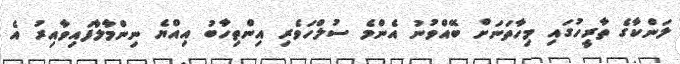
ލަންކާގެ ތާރީހުގައި މިހާތަނަށް ބޭއްވުނު އެންމެ ސުލްހަވެރި އިންތިހާބު އިއްޔެ ނިންމާލާފައިވާއިރު އެ